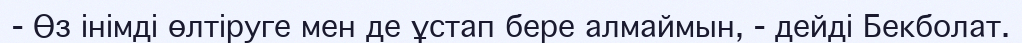
-	Өз інімді өлтіруге мен де ұстап бере алмаймын, - дейді Бекболат.